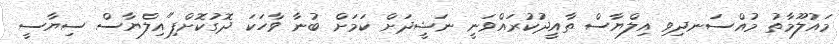
މައުލޫމާތު މުއްސަނދިވި އިލްޔާސް ތާއީދުކުރައްވަނީ ނަޝީދަށް ކަމަށް ބުނާ ވާހަކަ ދޮގުކޮށްފި"އިލްޔާސް ސިޔާސީ